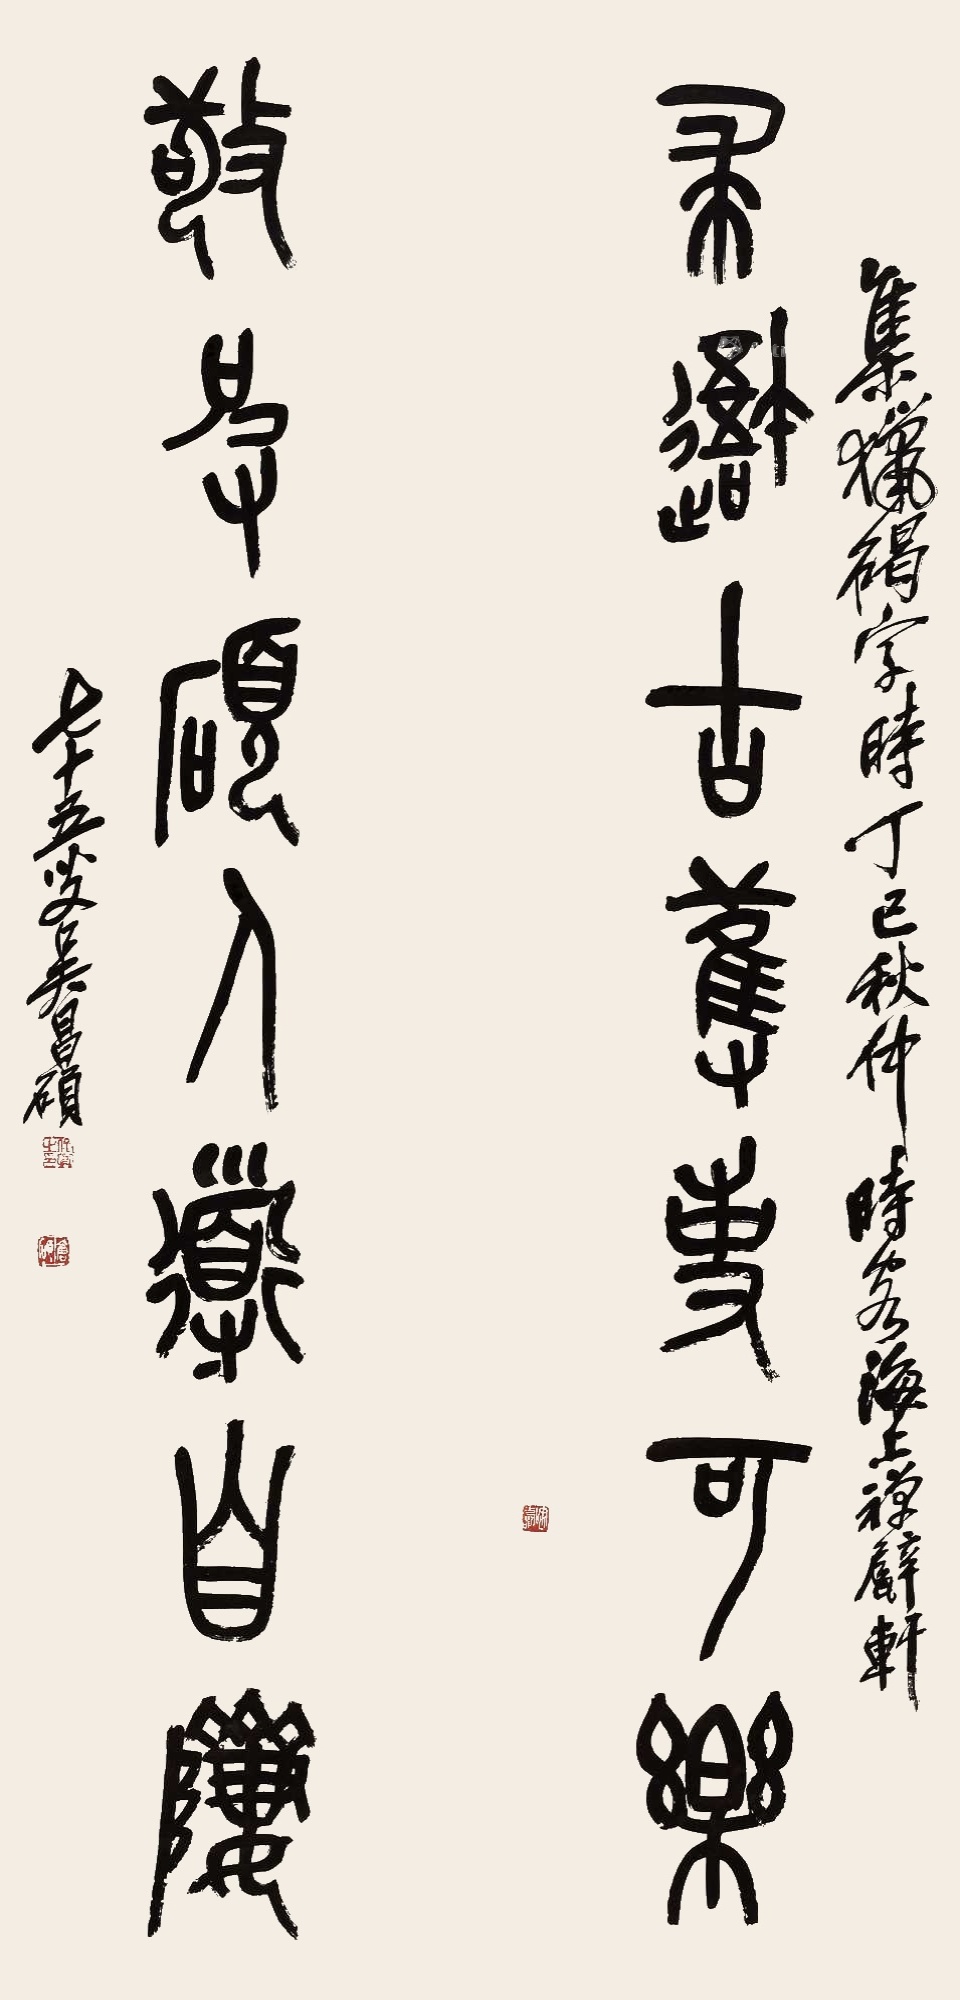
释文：求吾古欢事可乐，敬彼硕人道自𬯀。集猎碣字，时丁巳秋仲时客海上禅甓轩，七十五叟吴昌硕。